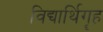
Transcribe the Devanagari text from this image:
विद्यार्थिगॄह